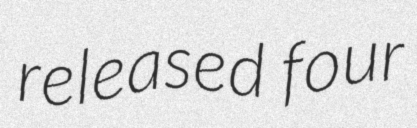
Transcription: released four